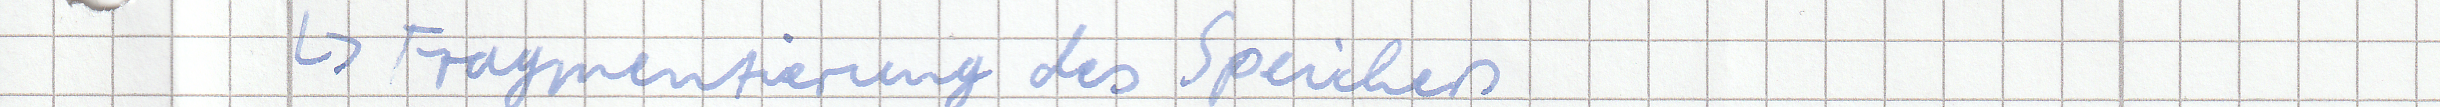
-> Fragmentierung des Speichers